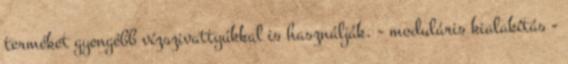
terméket gyengébb vízszivattyúkkal is használják. - moduláris kialakítás -